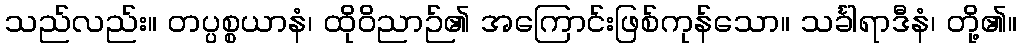
သည်လည်း။ တပ္ပစ္စယာနံ၊ ထိုဝိညာဉ်၏ အကြောင်းဖြစ်ကုန်သော။ သင်္ခါရာဒီနံ၊ တို့၏။